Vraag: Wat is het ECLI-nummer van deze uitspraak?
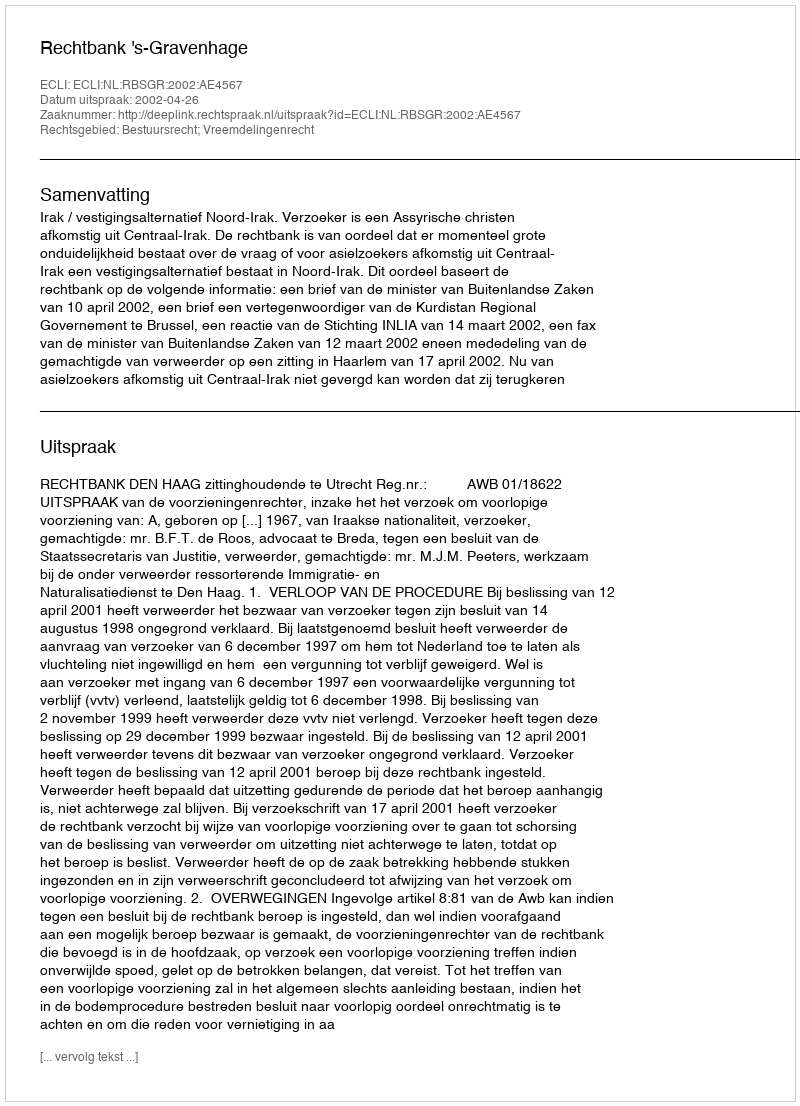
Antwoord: ECLI:NL:RBSGR:2002:AE4567